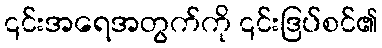
၎င်းအရေအတွက်ကို ၎င်းဒြပ်စင်၏